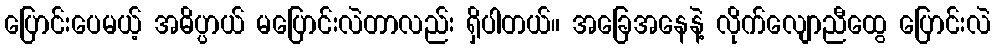
ပြောင်းပေမယ့် အဓိပ္ပာယ် မပြောင်းလဲတာလည်း ရှိပါတယ်။ အခြေအနေနဲ့ လိုက်လျောညီထွေ ပြောင်းလဲ